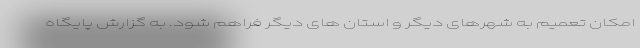
امکان تعمیم به شهرهای دیگر و استان های دیگر فراهم شود. به گزارش پایگاه